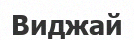
Виджай